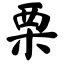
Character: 栗